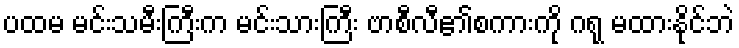
ပထမ မင်းသမီးကြီးက မင်းသားကြီး ဗာစီလီ၏စကားကို ဂရု မထားနိုင်ဘဲ